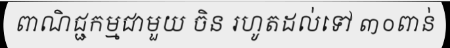
ពាណិជ្ជកម្មជាមួយ ចិន រហូតដល់ទៅ ៣០ពាន់